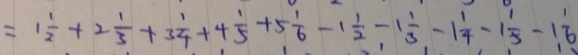
1 \frac { 1 } { 2 } + 2 \frac { 1 } { 3 } + 3 \frac { 1 } { 4 } + 4 \frac { 1 } { 5 } + 5 \frac { 1 } { 6 } - 1 \frac { 1 } { 2 } - 1 \frac { 1 } { 3 } - 1 \frac { 1 } { 4 } - 1 \frac { 1 } { 5 } - 1 \frac { 1 } { 6 }